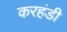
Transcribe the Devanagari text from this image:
करहंडी